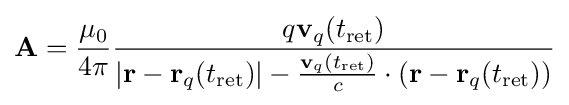
\mathbf {A} ={\frac {\mu _{0}}{4\pi }}{\frac {q\mathbf {v} _{q}(t_{\rm {ret}})}{\left|\mathbf {r} -\mathbf {r} _{q}(t_{\rm {ret}})\right|-{\frac {\mathbf {v} _{q}(t_{\rm {ret}})}{c}}\cdot (\mathbf {r} -\mathbf {r} _{q}(t_{\rm {ret}}))}}